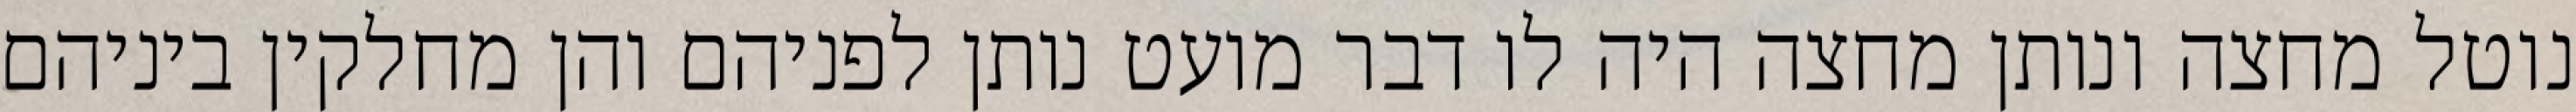
נוטל מחצה ונותן מחצה היה לו דבר מועט נותן לפניהם והן מחלקין ביניהם